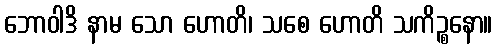
ဘောဝါဒိ နာမ သော ဟောတိ၊ သစေ ဟောတိ သကိဉ္စနော။